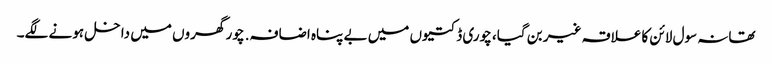
تھانہ سول لائن کا علاقہ غیر بن گیا، چوری ڈکتیوں میں بے پناہ اضافہ. چور گھروں میں داخل ہونے لگے۔